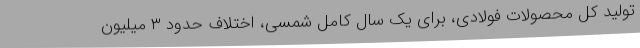
تولید کل محصولات فولادی، برای یک سال کامل شمسی، اختلاف حدود ۳ میلیون